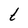
Character: t